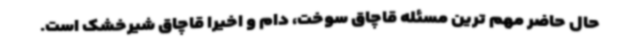
حال حاضر مهم ترین مسئله قاچاق سوخت، دام و اخیرا قاچاق شیرخشک است.